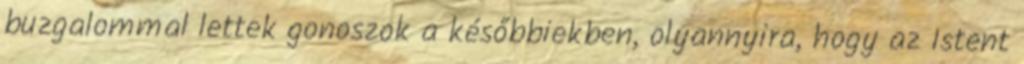
buzgalommal lettek gonoszok a későbbiekben, olyannyira, hogy az Istent